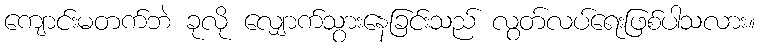
ကျောင်းမတက်ဘဲ ခုလို လျှောက်သွားနေခြင်းသည် လွတ်လပ်ရေးဖြစ်ပါသလား။